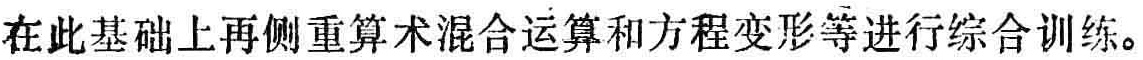
在此基础上再侧重算术混合运算和方程变形等进行综合训练。